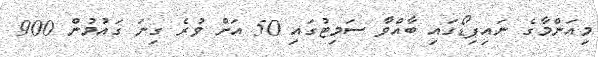
މިއަންމާގެ ނައިޕިޑޯގައި ބާއްވާ ސަމިޓުގައި 50 އަށް ވުރެ ގިނަ ގައުމުން 900